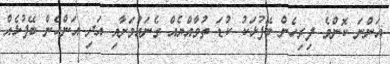
އަންނަ ކޮންމެ ފިރިހެން ބޭފުޅަކު ކުޑަ ތުވާއްޔެއް ގެނައުމަށާއި އަދި އަންހެން ބޭފުޅެއް